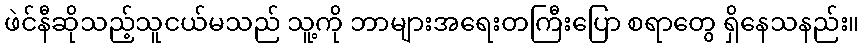
ဖဲင်နီဆိုသည့်သူငယ်မသည် သူ့ကို ဘာများအရေးတကြီးပြော စရာတွေ ရှိနေသနည်း။